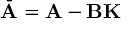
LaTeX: { \bar { \mathbf { A } } } = \mathbf { A } - \mathbf { B } \mathbf { K }